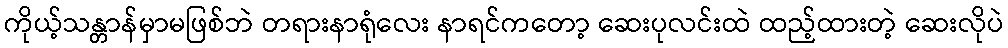
ကိုယ့်သန္တာန်မှာမဖြစ်ဘဲ တရားနာရုံလေး နာရင်ကတော့ ဆေးပုလင်းထဲ ထည့်ထားတဲ့ ဆေးလိုပဲ